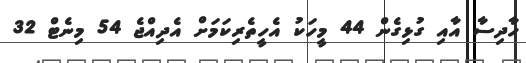
ހާދިސާ އާއި ގުޅިގެން 44 މީހަކު އެހީތެރިކަމަށް އެދިއްޖެ 54 މިނެޓް 32